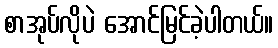
စာအုပ်လိုပဲ အောင်မြင်ခဲ့ပါတယ်။